Vaccination North-Western Provinces and Oudh 1896-1901 - 1896-1901
Year: 1896
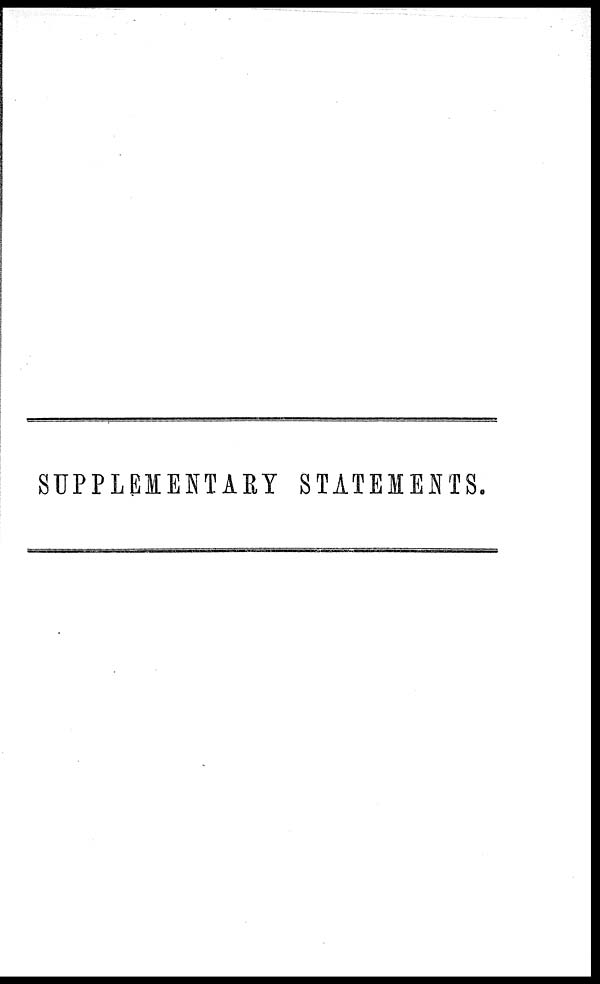
SUPPLEMENTARY STATEMENTS.